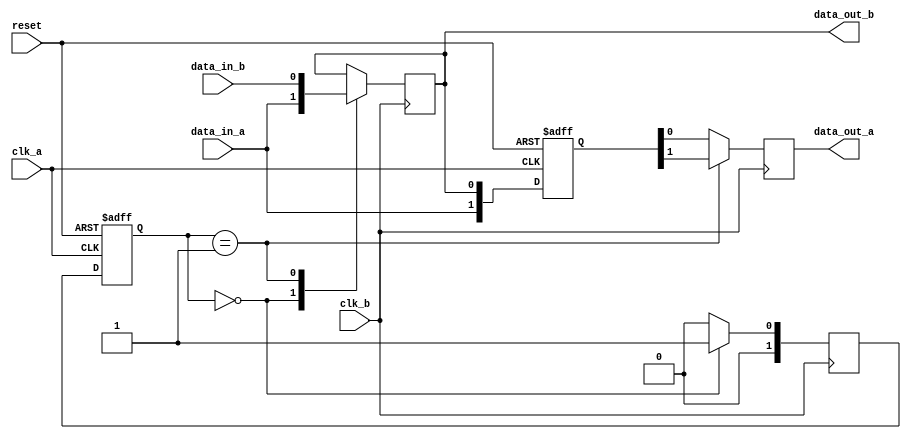
module two_way_bypass_register (
    input wire clk_a,
    input wire reset,
    input wire data_in_a,
    output reg data_out_a,
    input wire clk_b,
    input wire data_in_b,
    output reg data_out_b
);

reg [1:0] state;
reg [1:0] next_state;
reg [1:0] sync_data;

always @(posedge clk_a, posedge reset) begin
    if (reset) begin
        state <= 2'b00;
        sync_data <= 2'b00;
    end else begin
        state <= next_state;
        sync_data <= {data_in_a, data_out_b};
    end
end

always @(posedge clk_b) begin
    data_out_a <= sync_data[0];
    next_state <= state; // Default next state to current state

    case (state)
        2'b00: begin // Transfer data from clk_a to clk_b
            data_out_b <= data_in_a;
            next_state <= 2'b01;
        end
        2'b01: begin // Transfer data from clk_b to clk_a
            data_out_b <= data_in_b;
            data_out_a <= sync_data[1];
            next_state <= 2'b00;
        end
        default: 
            next_state <= 2'b00; // Default to state 00
    endcase
end

endmodule